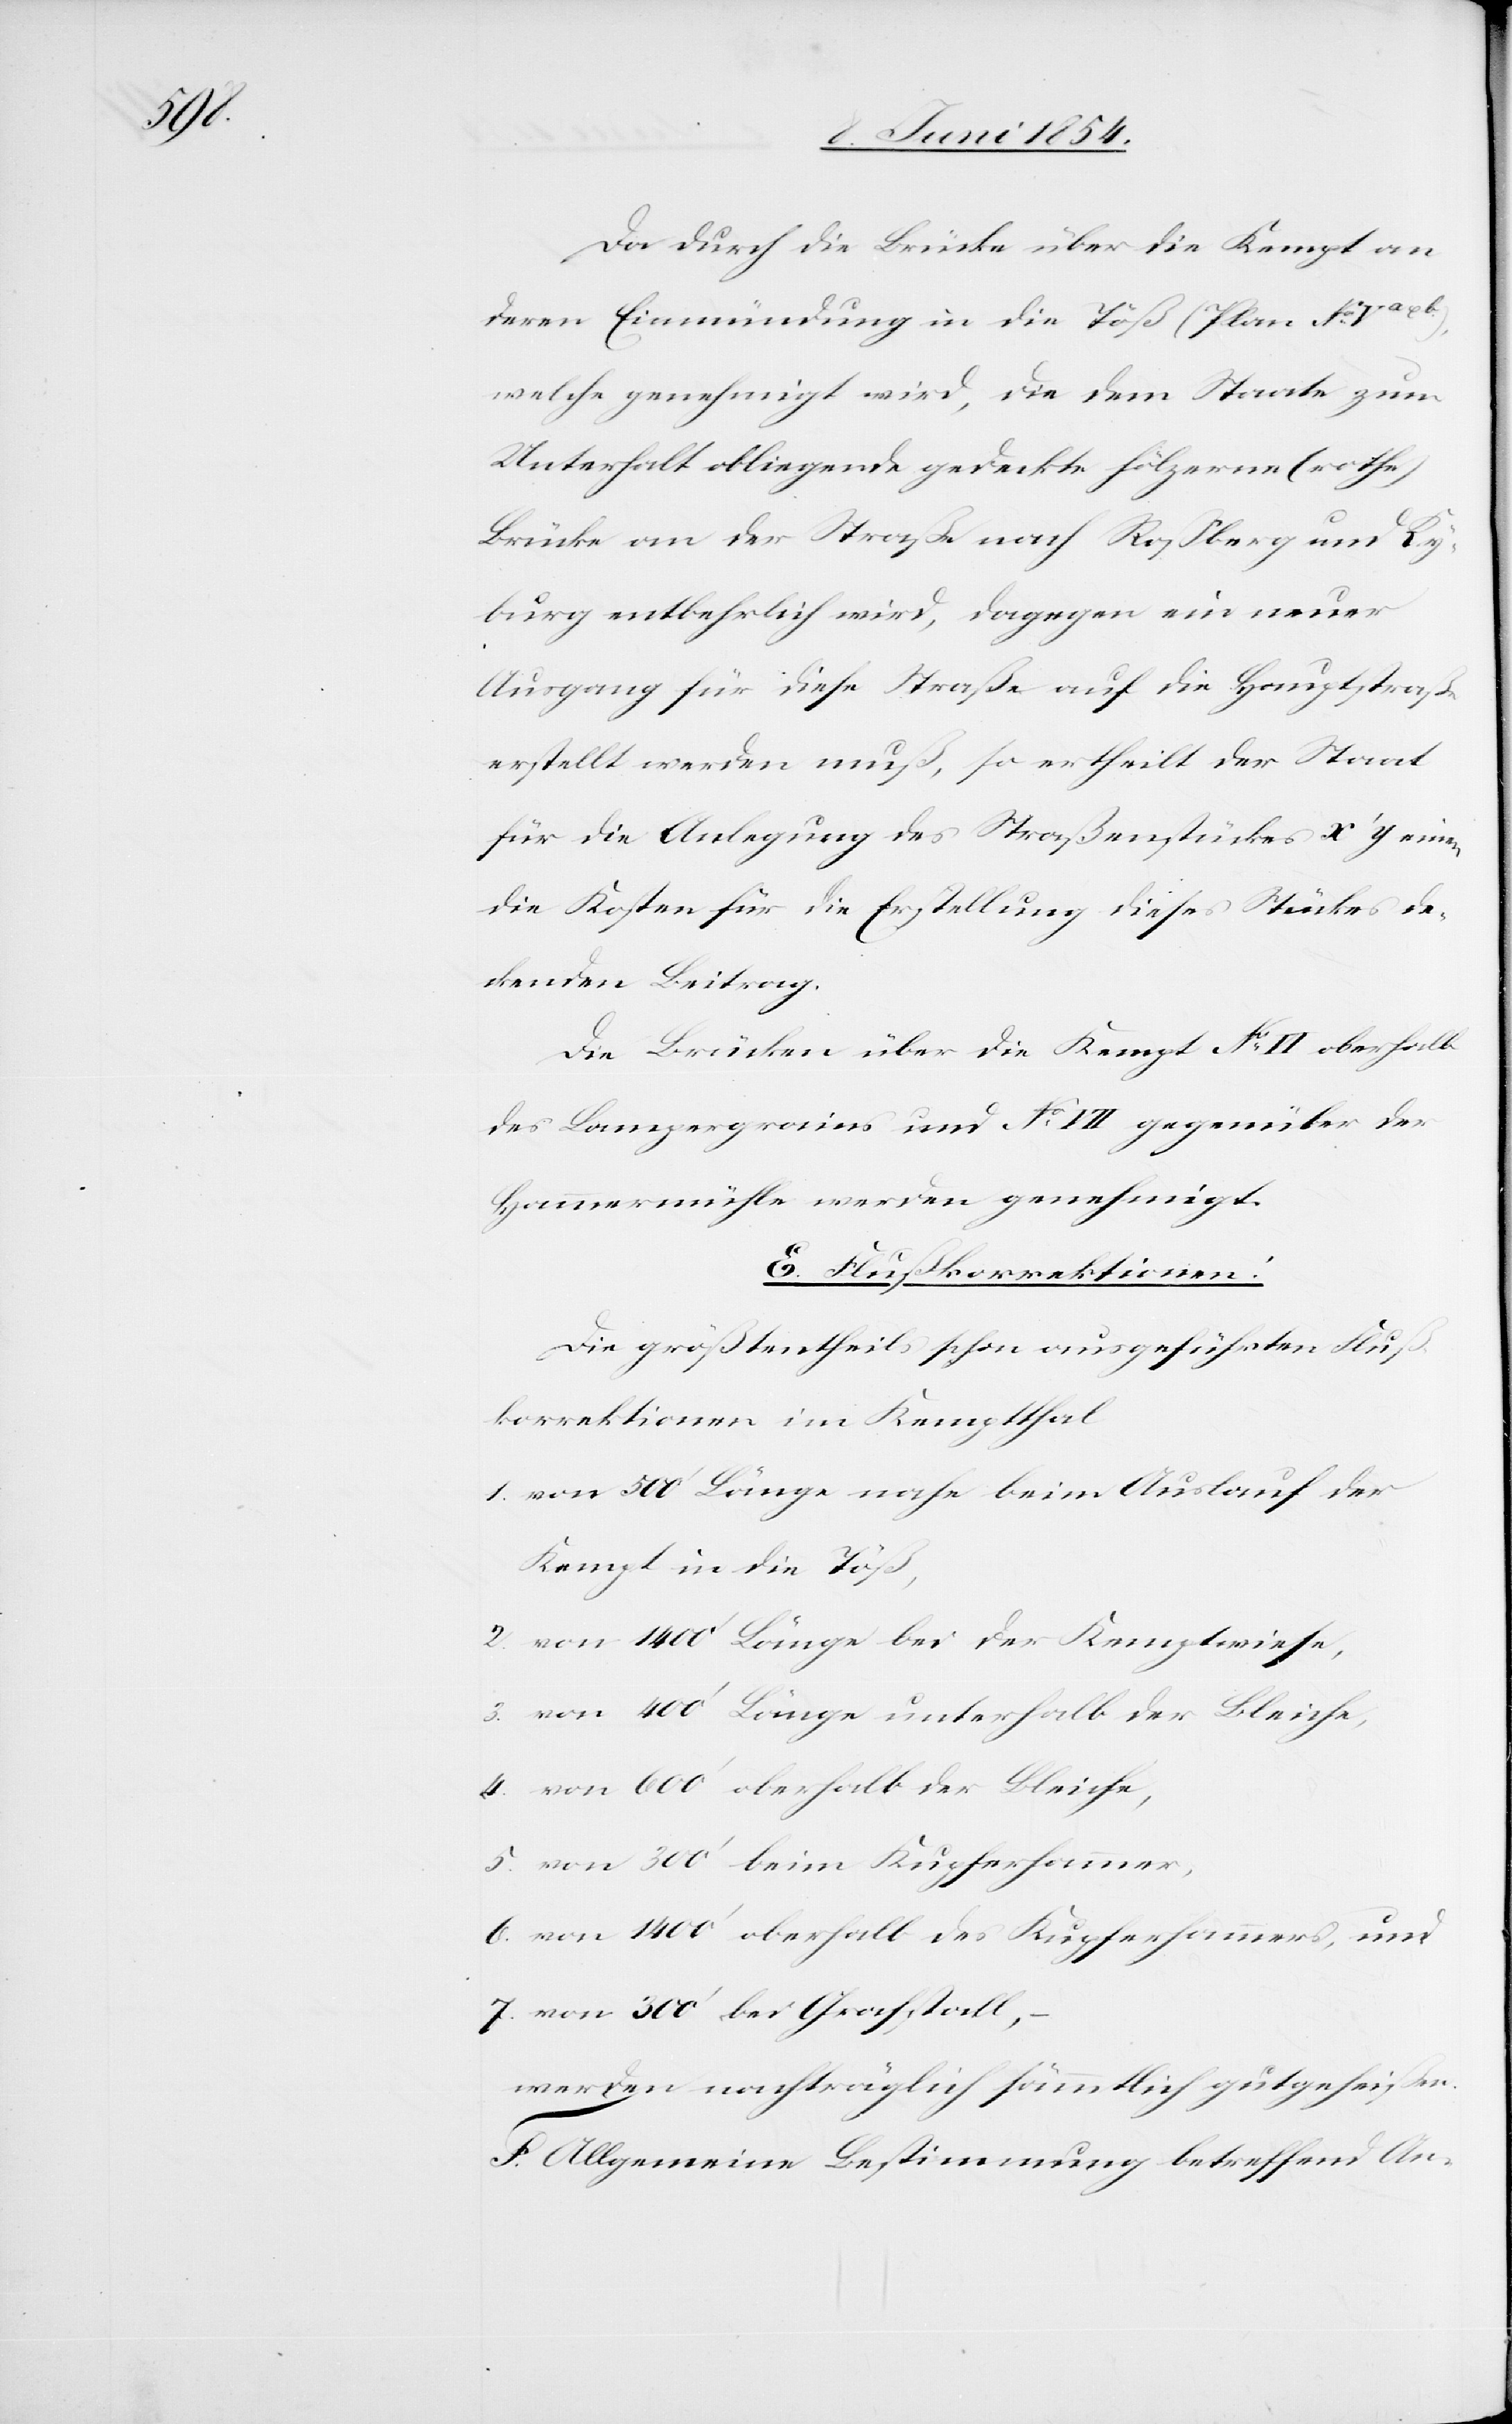
4.

Da durch die Brücke über die Kempt an
deren Einmündung in die Töß (Plan No Va u.
welche genehmigt wird, die dem Staate zum
Unterhalt obliegende gedeckte hölzerne (rothe)
Brücke an der Straße nach Roßberg und Ky¬
burg entbehrlich wird, dagegen ein neuer
Ausgang für diese Straße auf die Hauptstraße
erstellt werden muß, so ertheilt der Staat
für die Anlegung des Straßenstückes x ‘y einen
die Kosten für die Erstellung dieses Stückes de¬
ckenden Beitrag.
Die Brücken über die Kempt No VI oberhalb
des Lampergrains und No VII gegenüber der
Hammermühle werden genehmigt.
E. Flußkorrektionen.
Die größentheils schon ausgeführten Fluß¬
korrektionen im Kemptthal
von 500‘ Länge nahe beim Auslauf der
Kempt in die Töß,
von 1400‘ Länge bei der Kemptwiese,
von 400‘ Länge unterhalb der Bleiche,
von 600‘ oberhalb der Bleiche,
von 300‘ beim Kupferhammer,
von 1400‘ oberhalb des Kupferhammers, und
von 300‘ bei Grafstallt,
werden nachträglich sämmtlich gutgeheißen.
F. Allgemeine Bestimmung betreffend An-